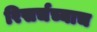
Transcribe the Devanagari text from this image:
रिसर्चच्याच